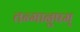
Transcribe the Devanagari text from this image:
तन्मानुषम्